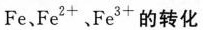
Fe、Fe^{2+}、F^{3+}的转化